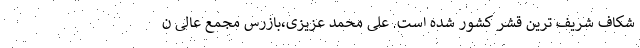
شکاف شریف ترین قشر کشور شده است. علی محمد عزیزی،بازرس مجمع عالی ن